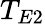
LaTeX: T_{E2}